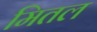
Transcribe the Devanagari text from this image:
मितल